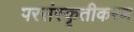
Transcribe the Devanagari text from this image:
परसंस्कृतीकरण